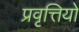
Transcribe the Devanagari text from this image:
प्रवृत्तियो